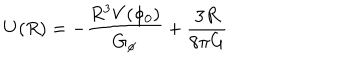
U ( R ) = - \frac { R ^ { 3 } V ( \phi _ { 0 } ) } { G _ { \phi } } + \frac { 3 R } { 8 \pi G }